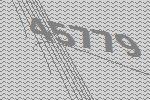
45779